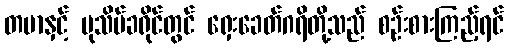
တမာနှင့် ပုသိမ်ခရိုင်တွင် ရှေးခေတ်ဂရိတို့သည် စဉ်းစားကြည့်ရင်